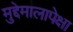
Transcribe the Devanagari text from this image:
मुद्देमालापेक्षा